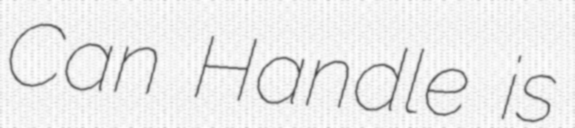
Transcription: Can Handle is